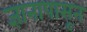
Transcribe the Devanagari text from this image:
ज्ञानापासून